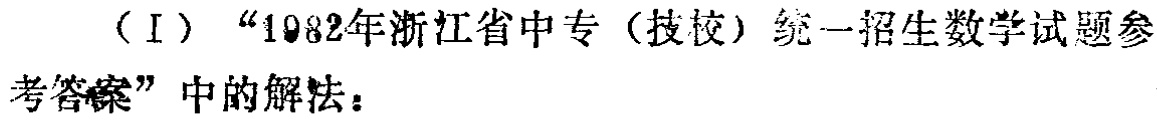
（I）“1982年浙江省中专（技校）统一招生数学试题参考答案”中的解法：